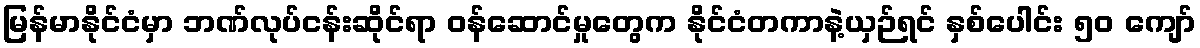
မြန်မာနိုင်ငံမှာ ဘဏ်လုပ်ငန်းဆိုင်ရာ ဝန်ဆောင်မှုတွေက နိုင်ငံတကာနဲ့ယှဉ်ရင် နှစ်ပေါင်း ၅၀ ကျော်